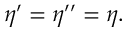
\eta ^ { \prime } = \eta ^ { \prime \prime } = \eta .